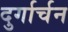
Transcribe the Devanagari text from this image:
दुर्गार्चन